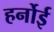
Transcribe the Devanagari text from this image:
हर्नोई